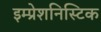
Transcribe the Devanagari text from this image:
इम्प्रेशनिस्टिक